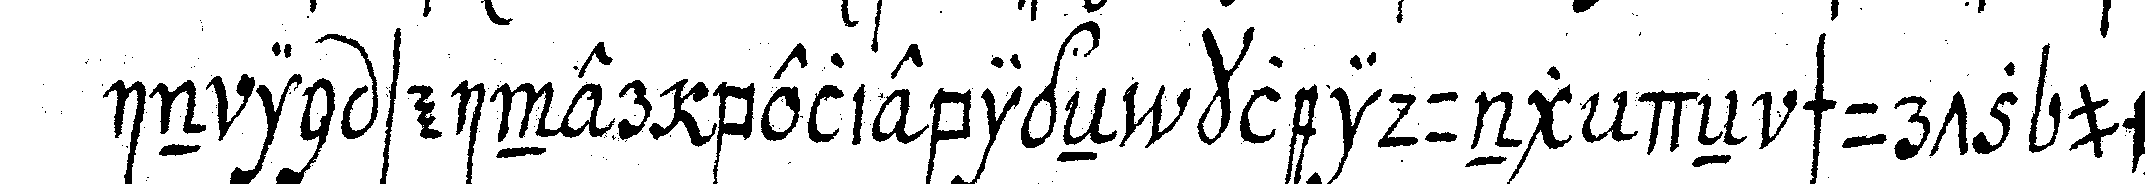
in in seiner beliebigeN kleidungeN schurtz und